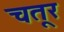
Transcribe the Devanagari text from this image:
चतूर